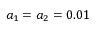
a _ { 1 } = a _ { 2 } = 0 . 0 1